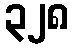
၃၂၈